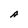
Character: A